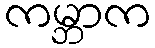
ကမ္ဘာက